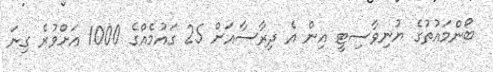
ބޯންމައުތުގެ ޔުނިވާސިޓީ އިން އެ ދިރާސާއަށް 25 ގައުމެއްގެ 1000 އަށްވުރެ ގިނަ